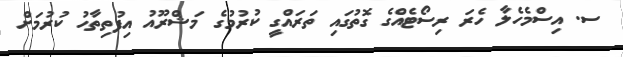
ސ. އިސްމެހެލާ ހެރަ ރިސޯޓެއްގެ ގޮތުގައި ތަރައްގީ ކުރުމުގެ މަޝްރޫއު އިފުތިތާހު ކުރުމަށް